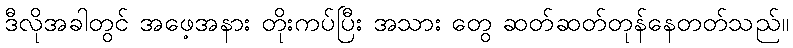
ဒီလိုအခါတွင် အဖေ့အနား တိုးကပ်ပြီး အသား တွေ ဆတ်ဆတ်တုန်နေတတ်သည်။